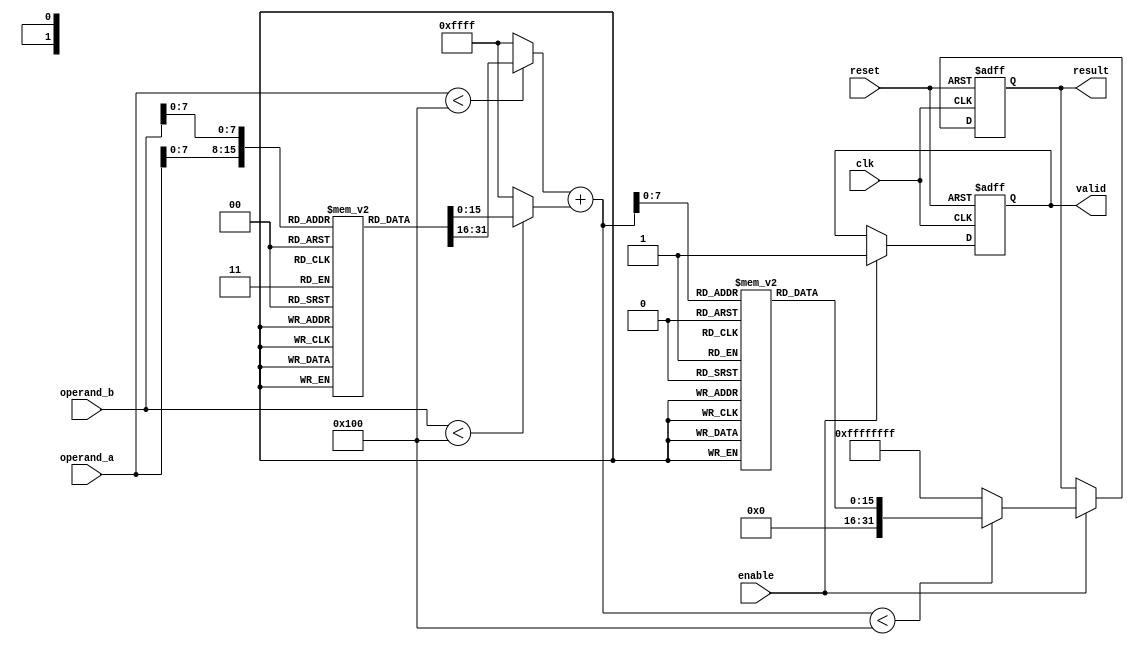
module LogarithmicMultiplier (
    input wire clk,
    input wire reset,
    input wire enable,
    input wire [15:0] operand_a, // Fixed-point input A
    input wire [15:0] operand_b, // Fixed-point input B
    output reg [31:0] result,     // Fixed-point output result
    output reg valid               // Output valid signal
);

// Parameters for LUT size
parameter LUT_SIZE = 256; // Example size for LUT
parameter LOG_BASE = 2;    // Base for logarithm

// Logarithm and Exponential LUTs
reg [15:0] log_lut [0:LUT_SIZE-1]; // Logarithm LUT
reg [15:0] exp_lut [0:LUT_SIZE-1]; // Exponential LUT

// Internal signals
reg [15:0] log_a, log_b;
reg [15:0] log_sum;
reg [7:0] index_a, index_b; // LUT index for inputs

// Initialize LUTs (this should be done in a more efficient way in practice)
initial begin
    // Populate log_lut and exp_lut with appropriate values
    // Example: log_lut[i] = log2(i) * scale_factor
    // Example: exp_lut[i] = 2^i * scale_factor
end

// Logarithmic conversion
always @(*) begin
    if (operand_a < LUT_SIZE) begin
        index_a = operand_a[7:0]; // Assuming 8 bits for LUT index
        log_a = log_lut[index_a];
    end else begin
        log_a = 16'hFFFF; // Handle out of range
    end

    if (operand_b < LUT_SIZE) begin
        index_b = operand_b[7:0]; // Assuming 8 bits for LUT index
        log_b = log_lut[index_b];
    end else begin
        log_b = 16'hFFFF; // Handle out of range
    end
end

// Addition of logarithmic values
always @(posedge clk or posedge reset) begin
    if (reset) begin
        result <= 32'b0;
        valid <= 1'b0;
    end else if (enable) begin
        log_sum = log_a + log_b; // Add logarithmic values

        // Exponential conversion
        if (log_sum < LUT_SIZE) begin
            result <= exp_lut[log_sum[7:0]]; // Assuming 8 bits for LUT index
        end else begin
            result <= 32'hFFFFFFFF; // Handle overflow
        end

        valid <= 1'b1; // Indicate valid output
    end
end

endmodule